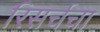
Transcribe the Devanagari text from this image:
रिसर्चचा